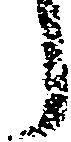
う